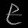
Digit: ၉